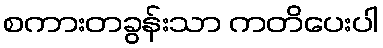
စကားတခွန်းသာ ကတိပေးပါ